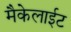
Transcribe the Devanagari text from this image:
मैकेलाईट